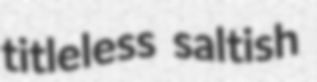
titleless saltish